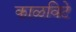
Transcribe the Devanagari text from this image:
काळविटे